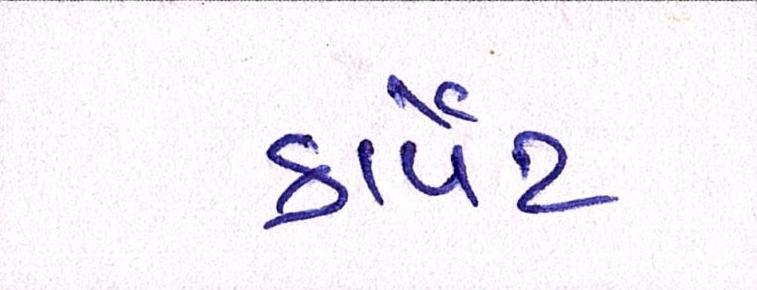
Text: કાર્પેટ